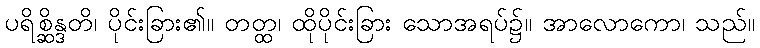
ပရိစ္ဆိန္ဒတိ၊ ပိုင်းခြား၏။ တတ္ထ၊ ထိုပိုင်းခြား သောအရပ်၌။ အာလောကော၊ သည်။